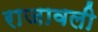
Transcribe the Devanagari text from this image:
राजावली